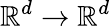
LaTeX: \mathbb{R}^{d}\rightarrow\mathbb{R}^{d}